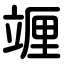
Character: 竰